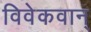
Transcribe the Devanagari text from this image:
विवेकवान्